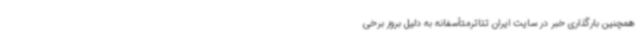
همچنین بارگذاری خبر در سایت ایران تئاترمتأسفانه به دلیل بروز برخی